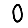
Digit: 0